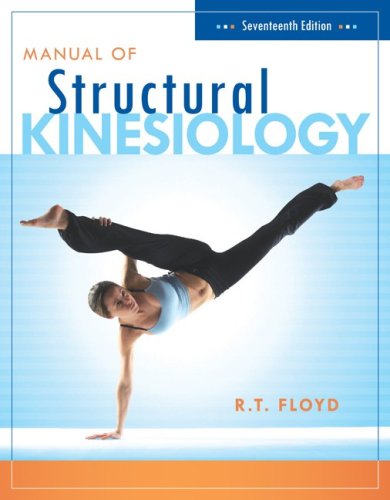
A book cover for Manual of Structural Kinesiology; R .T. Floyd; Medical Books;